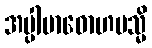
အပ္ပါဗာဓောဟမသ္မိ